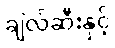
ချဲလ်ဆီးနှင့်